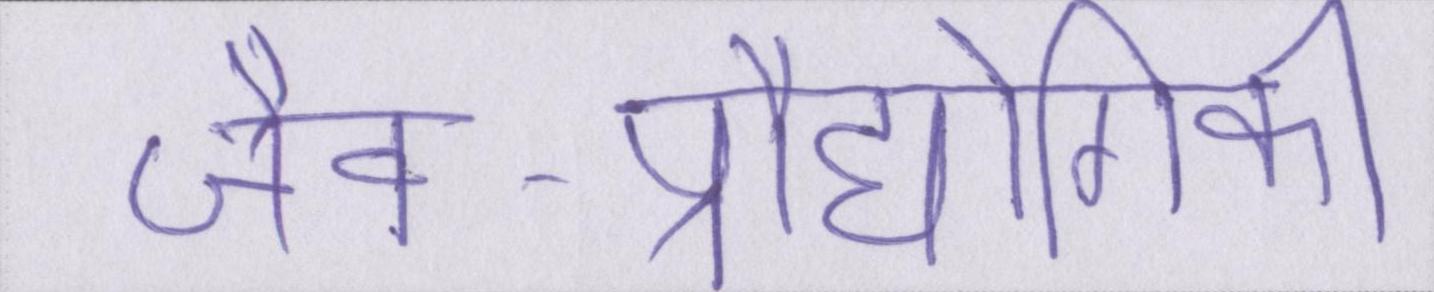
जैव-प्रौद्योगिकी